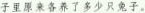
子里原来各养了多少只子。